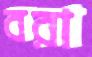
বরা